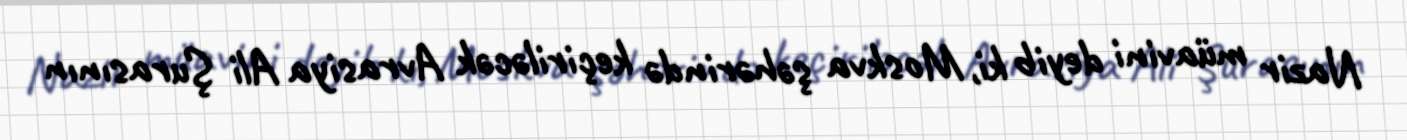
Nazir müavini deyib ki, Moskva şəhərində keçiriləcək Avrasiya Ali Şurasının